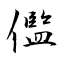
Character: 儖